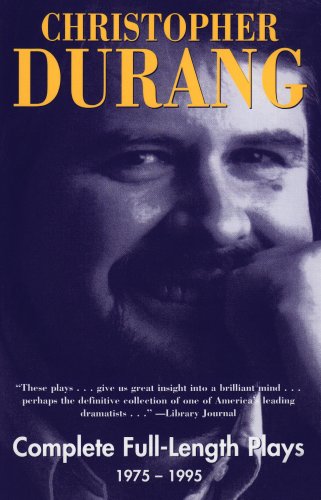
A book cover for Christopher Durang: Complete Full-Length Plays, 1975-1995; Christopher Durang; Humor & Entertainment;